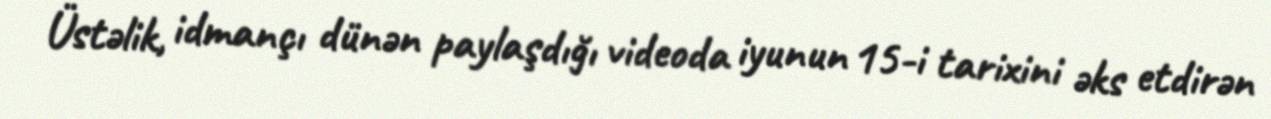
Üstəlik, idmançı dünən paylaşdığı videoda iyunun 15-i tarixini əks etdirən